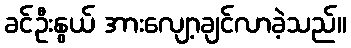
ခင်ဦးနွယ် အားလျော့ချင်လာခဲ့သည်။